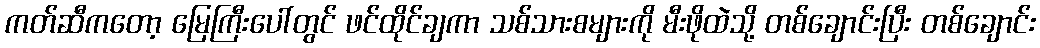
ကတ်ဆီကတော့ မြေကြီးပေါ်တွင် ဖင်ထိုင်ချကာ သစ်သားစများကို မီးဖိုထဲသို့ တစ်ချောင်းပြီး တစ်ချောင်း